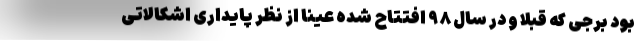
بود برجی که قبلا و در سال ۹۸ افتتاح شده عینا از نظر پایداری اشکالاتی